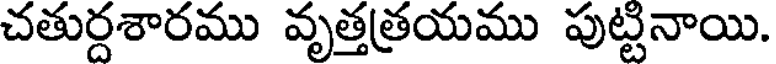
చతుర్దశారము వృత్తత్రయము పుట్టనాయి.